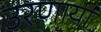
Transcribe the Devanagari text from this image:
उरणार्या